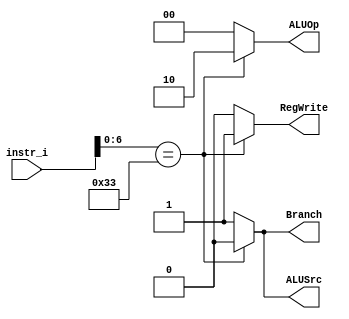
`timescale 1ns/1ps

module Decoder(
	input	[32-1:0] 	instr_i,
	output wire			ALUSrc,
	output wire			RegWrite,
	output wire			Branch,
	output wire [2-1:0]	ALUOp
	);
	
//Internal Signals
wire	[7-1:0]		opcode;
wire 	[3-1:0]		funct3;
wire	[3-1:0]		Instr_field;
wire	[9-1:0]		Ctrl_o;

/* Write your code HERE */

assign opcode = instr_i[7-1:0];
assign funct3 = instr_i[14:12];

assign ALUSrc = opcode == 7'b0110011 ? 1'b0 : 1'b1;
assign RegWrite = opcode == 7'b0110011 ? 1'b1 : 1'b0;
assign Branch = opcode == 7'b0110011 ? 1'b0 : 1'b1;
assign ALUOp = opcode == 7'b0110011 ? 2'b10 : 2'b00;

endmodule